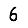
Digit: 6